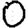
Digit: 0